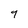
Character: 9